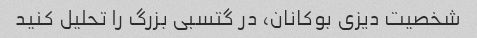
شخصیت دیزی بوکانان، در گتسبی بزرگ را تحلیل کنید